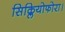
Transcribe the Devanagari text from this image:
सिक्लियोफोरा।